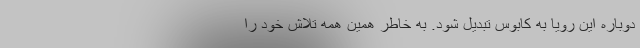
دوباره این رویا به کابوس تبدیل شود. به خاطر همین همه تلاش خود را